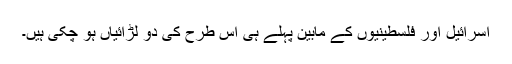
اسرائیل اور فلسطینیوں کے مابین پہلے ہی اس طرح کی دو لڑائیاں ہو چکی ہیں۔